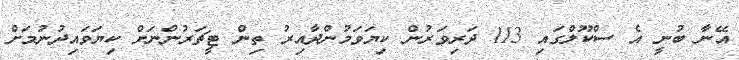
އޭނާ ބުނީ އެ ސްކޫލްގައި 113 ދަރިވަރުން ކިޔަވަމުންދާއިރު ތިން ޓީޗަރުންނަށް ކިޔަވައިދުނުމަށް